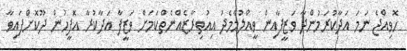
ހޮވިއްޖެ ނަމަ އަދާކުރަމުންދާ ވަޒީފާއިން ވީއްލުމާމެދު އިއުތިރާޒެއްނެތްކަމަށް ވަޒީފާ އަދާކުރާ އޮފީހުން ދޫކޮށްފައިވާ